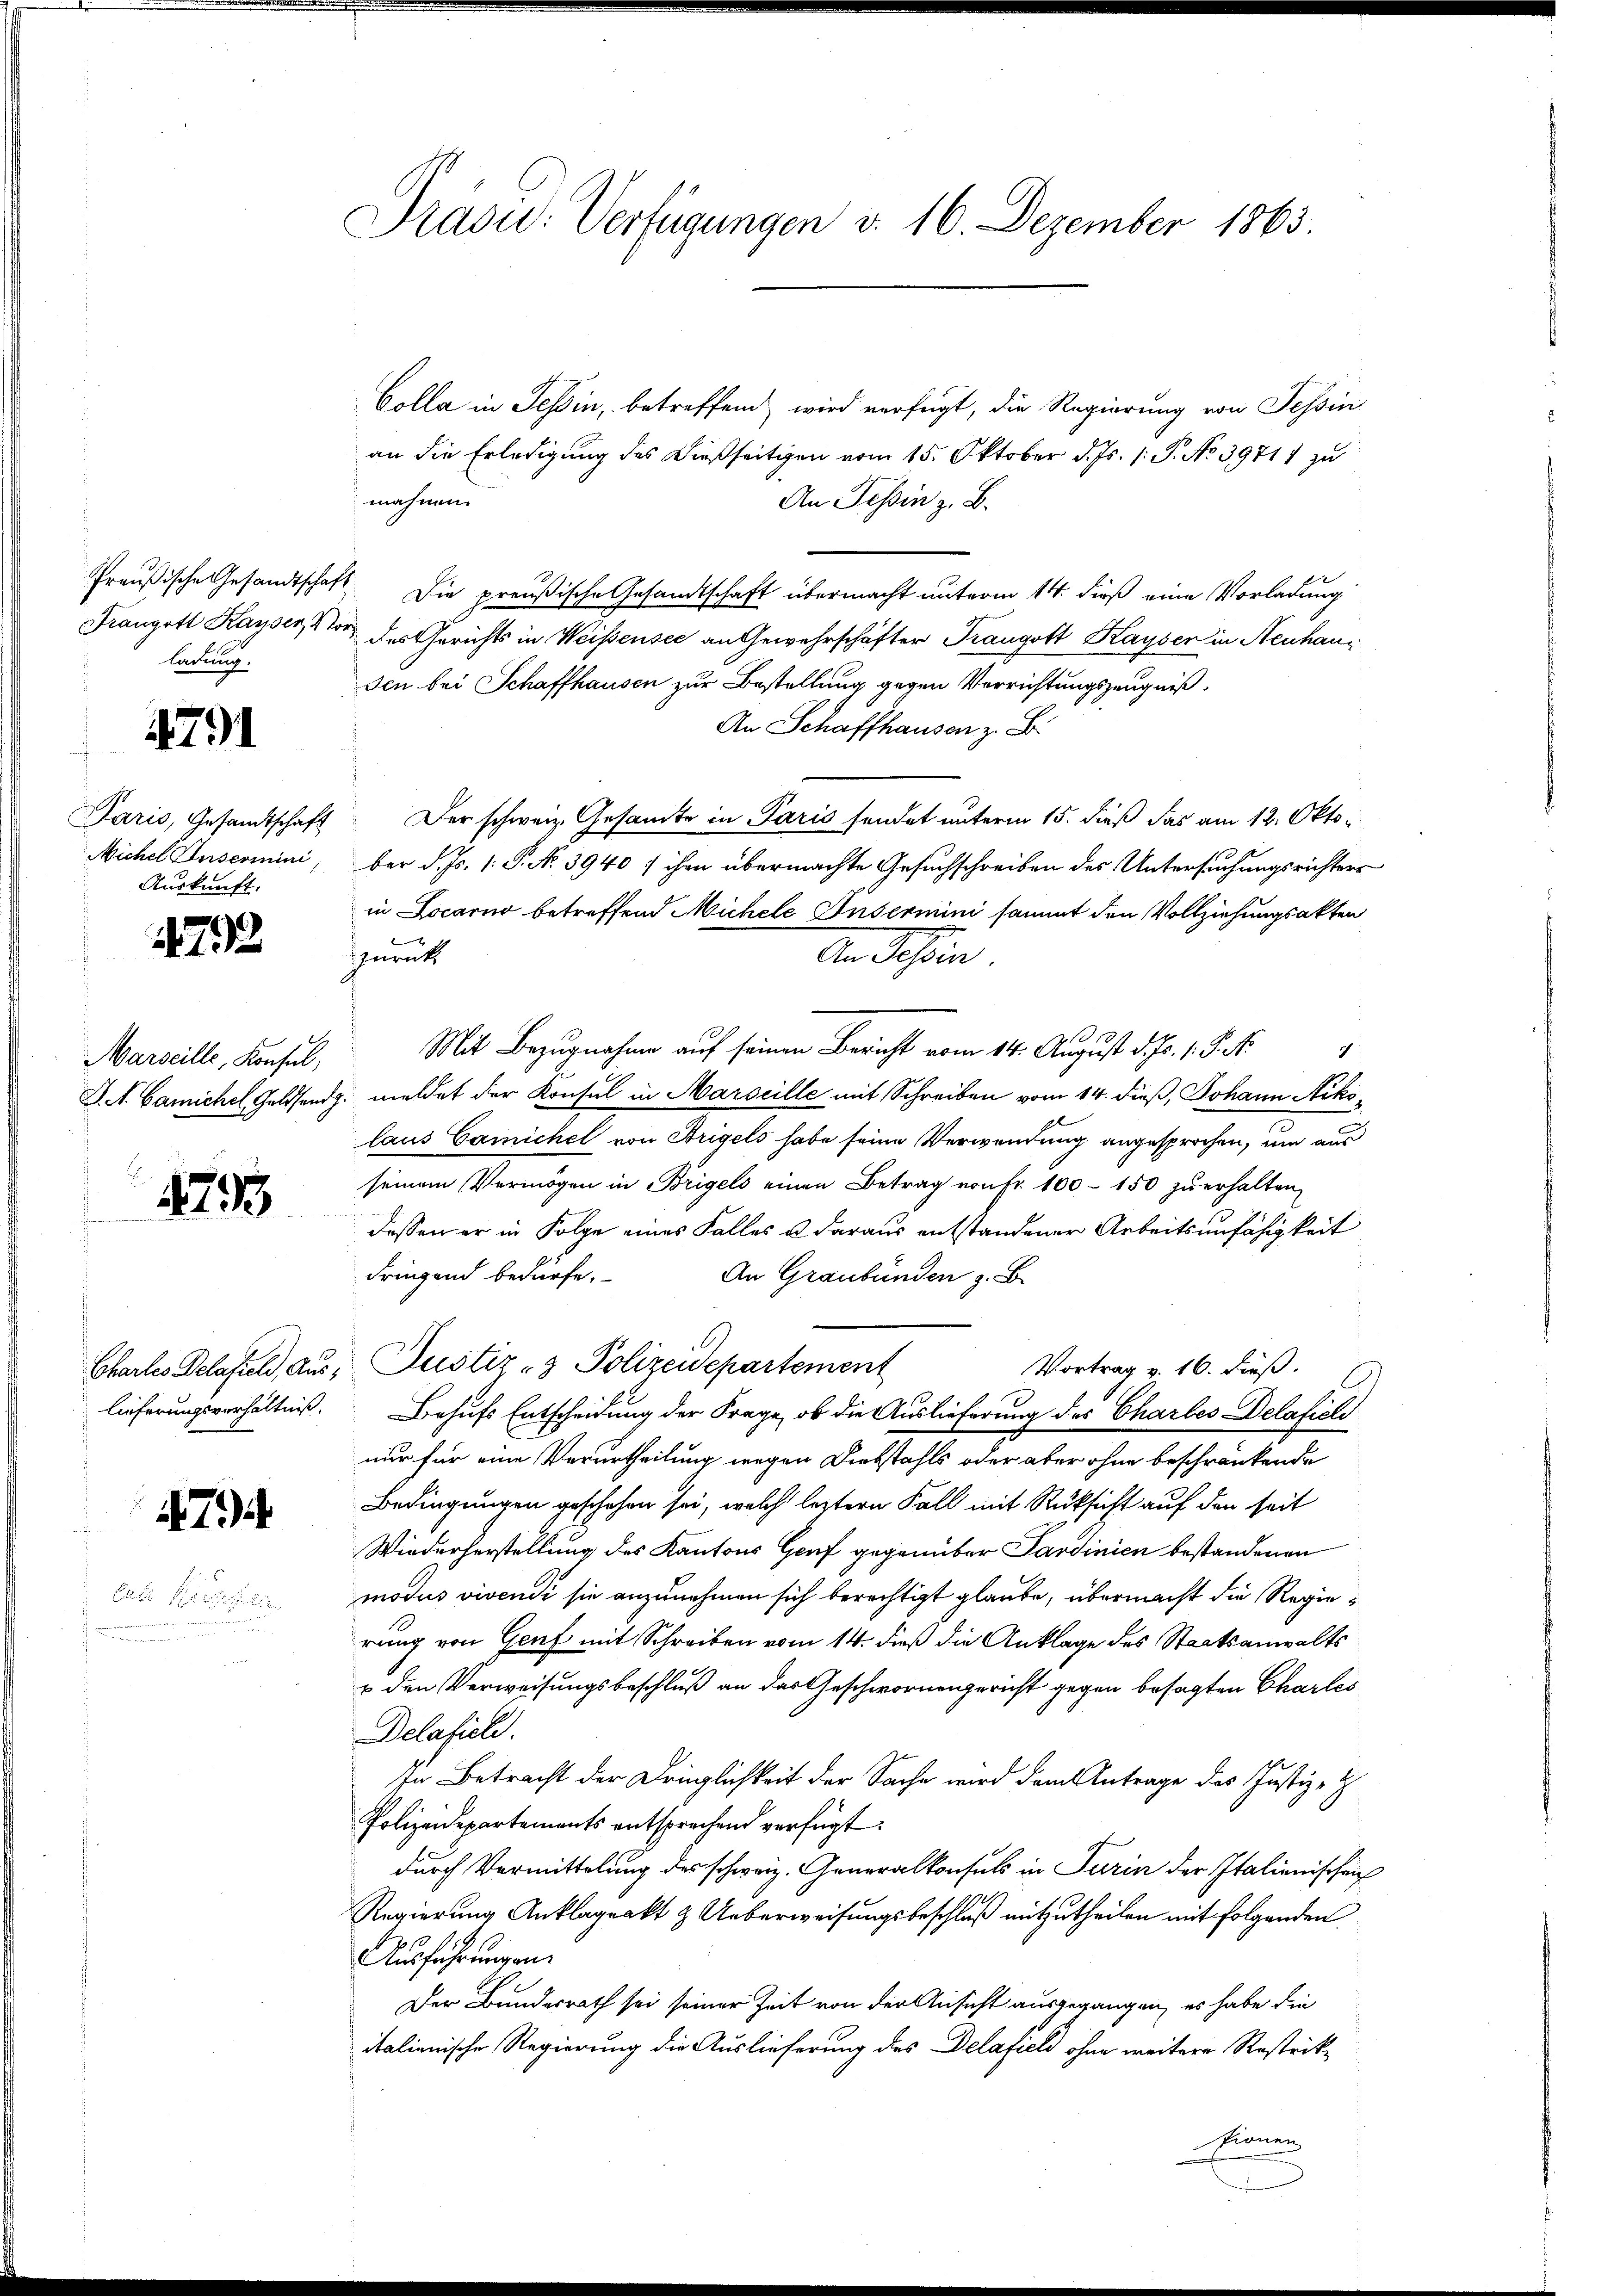
Frangott Kayser, Storz
ladung.

4791

Auskunft.

72

Marseille, Konsul,

4795

794

Ernte Seestrei
n
n

Präsid. Verfügungen d. 16. Dezember 1863.

Colla in Tessin, betreffend wird verfügt, die Regierung von Tessin
an die Erledigung des dießseitigen vom 15. Oktober d. Js. s. S. No 39711 zu
mähnen.
An Tessin z. B.
Preußische Gesandtschaft. Die preußische Gesandtschaft übermacht unterm 14. dieß eine Vorladung
des Gerichts in Weissensee an Gewehrschäfter Trangott Kayser in Neuhauden bei Schaffhausen zur Bestellung gegen Verrichtungszeugniß,
An Schaffhausen z. B.
Paris, Gesandtschaft. Der schweiz. Gesamte in Paris sendet unterm 15. dieß das am 12. Okto¬
Michel Inscomini, ber d. Js. 1. P. No 3940 / ihre übermachte Gesuchschreiben des Untersuchungsrichters
in Locarno betreffend Mühele Insermini sammt den Vollziehungsakten
zurückt
An Schein
Mit Bezugnahme auf seinen Bericht vom 14. August d. Js. 1. P. M.
S.S. Camichel Geldsend. meldet der Konsul in Marseille mit Schreiben vom 14. dieß, Johann Nikolaus Camichel von Trigels habe seine Verwendung angesprochen, um aus
seinem Vermögen in Brigels einen Betrag von Fr. 100–150 zu erhalten,
dessen er in Folge eines Falles u daraus entstandener Arbeitsunfähigkeit
dringend bedürfe.
An Graubünden z. B.
Chartes Delafuld, aus, Justiz- & Polizeidepartement
Vortrag v. 16. dieß.
lieferungsverhältniß. Behufs Entscheidung der Frage, ob die Auslieferung des Charbes Delafiols
nur für eine Verurtheilung wegen Diebstahls oder aber ohne beschränkende
Bedingungen geschehen sei, welch’ letztern Fall mit Rücksicht auf den seit
Wiederherstellung des Kantons Genf gegenüber Sardinien bestandenen
modus vivendi sie anzunehmen sich berechtigt glaube, übermacht die Regie
rung von Genf mit Schreiben vom 14. dieß die Anklage des Staatsanwalts
u den Verweisungsbeschluß an das Geschwornengericht gegen besagten Charles
Delafiel.
In Betracht der Dringlichkeit der Sache wird dem Antrage des Justiz- &
Polizeidepartements entsprechend verfügt:
durch Vermittelung des schweiz. Generalkonsuls in Turin der Italienischen
Regierung Anklageakt & Ueberweisungsbeschluß mitzutheilen mit folgenden
Ausführungen.
Der Bundesrath sei seiner Zeit von der Ansicht ausgegangen, es habe die
italienische Regierung die Auslieferung des Delafield ohne weitere Restriksionen